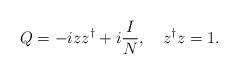
LaTeX: \begin{align*}Q=-iz z^\dagger+i\frac{I}{N},\quad z^\dagger z=1.\end{align*}